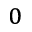
_ 0